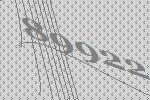
89922